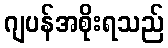
ဂျပန်အစိုးရသည်